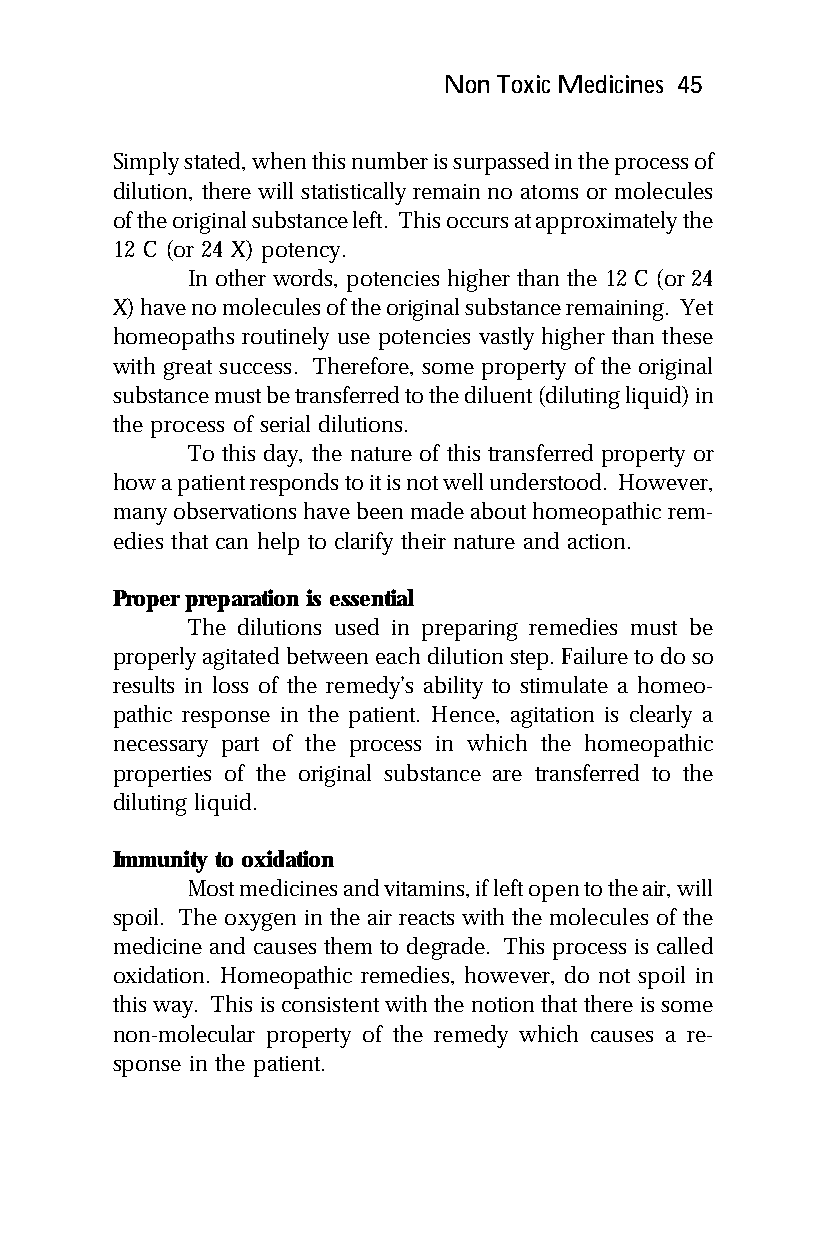
Non Toxic Medicines 45
 Simply stated, when this number is surpassed in the process of
 dilution, there will statistically remain no atoms or molecules
 of the original substance left. This occurs at approximately the
 12 C (or 24 X) potency.
 In other words, potencies higher than the 12 C (or 24
 X) have no molecules of the original substance remaining. Yet
 homeopaths routinely use potencies vastly higher than these
 with great success. Therefore, some property of the original
 substance must be transferred to the diluent (diluting liquid) in
 the process of serial dilutions.
 To this day, the nature of this transferred property or
 how a patient responds to it is not well understood. However,
 many observations have been made about homeopathic rem-
 edies that can help to clarify their nature and action.
 Proper preparation is essential
 The dilutions used in preparing remedies must be
 properly agitated between each dilution step. Failure to do so
 results in loss of the remedy’s ability to stimulate a homeo-
 pathic response in the patient. Hence, agitation is clearly a
 necessary part of the process in which the homeopathic
 properties of the original substance are transferred to the
 diluting liquid.
 Immunity to oxidation
 Most medicines and vitamins, if left open to the air, will
 spoil. The oxygen in the air reacts with the molecules of the
 medicine and causes them to degrade. This process is called
 oxidation. Homeopathic remedies, however, do not spoil in
 this way. This is consistent with the notion that there is some
 non-molecular property of the remedy which causes a re-
 sponse in the patient.